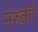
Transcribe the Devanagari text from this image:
नरुकों